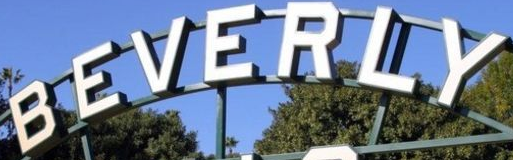
BEVERLY